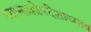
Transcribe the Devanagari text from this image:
ध्यानग्रहोपदेशाध्याय